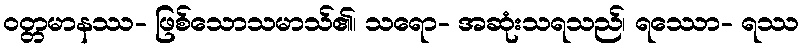
ဝတ္တမာနဿ- ဖြစ်သောသမာသ်၏၊ သရော- အဆုံးသရသည်၊ ရဿော- ရဿ